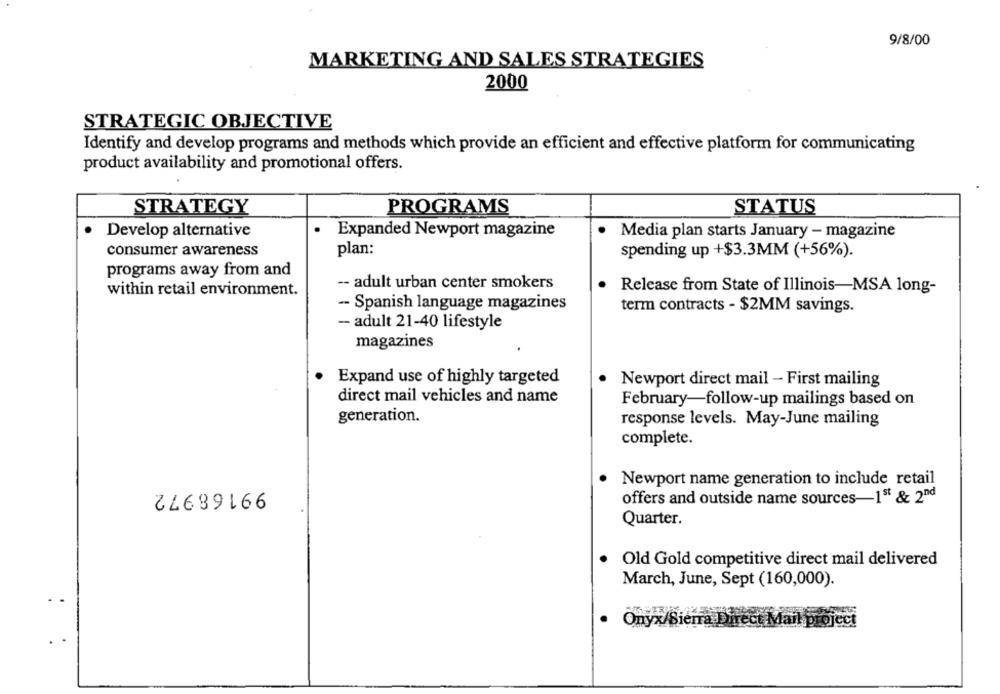
9/8/00
MARKETING AND SALES STRATEGIES
2000
STRATEGIC OBJECTIVE
Identify and develop programs and methods which provide an efficient and effective platform for communicating
product availability and promotional offers.
STRATEGY
PROGRAMS
STATUS
Develop alternative
Expanded Newport magazine
Media plan starts January - magazine
consumer awareness
plan:
spending up +$3.3MM (+56%).
programs away from and
-- adult urban center smokers
within retail environment.
Release from State of Illinois-MSA long-
- Spanish language magazines
term contracts - $2MM savings.
- adult 21-40 lifestyle
magazines
Expand use of highly targeted
Newport direct mail - First mailing
direct mail vehicles and name
February-follow-up mailings based on
generation.
response levels. May-June mailing
complete.
Newport name generation to include retail
offers and outside name sources-15 & 2nd
21689166
Quarter.
Old Gold competitive direct mail delivered
March, June, Sept (160,000).
Onyx/Sierra Direct Mail project